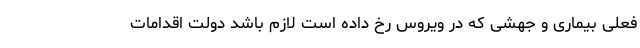
فعلی بیماری و جهشی که در ویروس رخ داده است لازم باشد دولت اقدامات